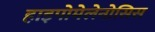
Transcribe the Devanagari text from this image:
हाइपोमेलेनोसिस